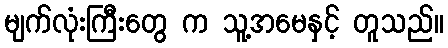
မျက်လုံးကြီးတွေ က သူ့အမေနှင့် တူသည်။